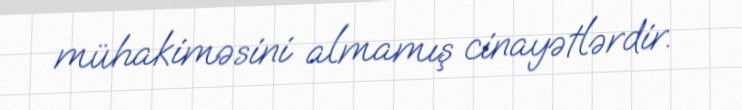
mühakiməsini almamış cinayətlərdir.